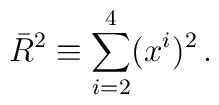
\bar{R}^2\equiv \sum_{i=2}^{4} (x^{i})^2 \, .